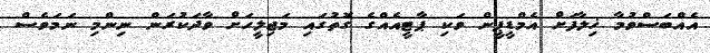
އެއްބަސްވުމާ ޚިލާފަށް އެމްޑީޕީން ވަކި ޕާޓީއެއްގެ ގޮތުގައި މަޖިލީހަށް ވާދަކުރަން ނިންމި ނަމަވެސް